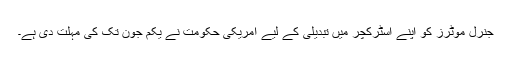
جنرل موٹرز کو اپنے اسٹرکچر میں تبدیلی کے لیے امریکی حکومت نے یکم جون تک کی مہلت دی ہے۔